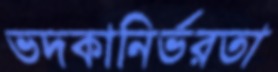
ভদকানির্ভরতা